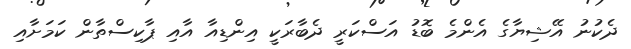
ދެކުނު އޭޝިޔާގެ އެންމެ ބޮޑު އަސްކަރީ ދެބާރަކީ އިންޑިއާ އާއި ޕާކިސްތާން ކަމަށާއި